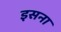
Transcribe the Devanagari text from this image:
इसना